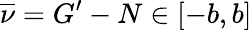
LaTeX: \overline{{\nu}}=G^{\prime}-N\in[-b,b]